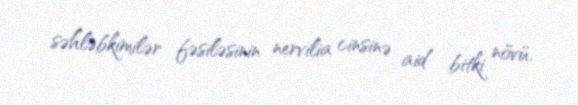
səhləbkimilər fəsiləsinin nervilia cinsinə aid bitki növü.